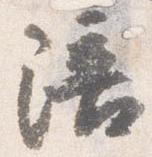
陪